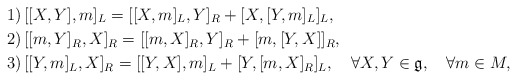
\begin{align*}& 1)\,[[X,Y],m]_{L}=[[X,m]_{L},Y]_{R}+[X,[Y,m]_{L}]_{L},\\& 2)\,[[m,Y]_{R},X]_{R}=[[m,X]_{R},Y]_{R}+[m,[Y,X]]_{R},\\& 3)\,[[Y,m]_{L},X]_{R}=[[Y,X],m]_{L}+[Y,[m,X]_{R}]_{L},\quad\forall X,Y\in \mathfrak{g},\quad\forall m\in M,\end{align*}